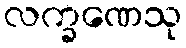
လက္ခဏေသု